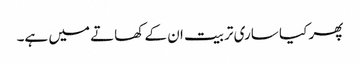
پھر کیا ساری تربیت ان کے کھاتے میں ہے۔